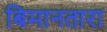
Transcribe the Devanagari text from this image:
बिमानतारा